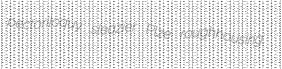
pectoriloquy sleazier Plze roughhousing